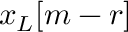
x _ { L } [ m - r ]